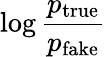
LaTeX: \log{\frac{p_{\mathrm{true}}}{p_{\mathrm{fake}}}}